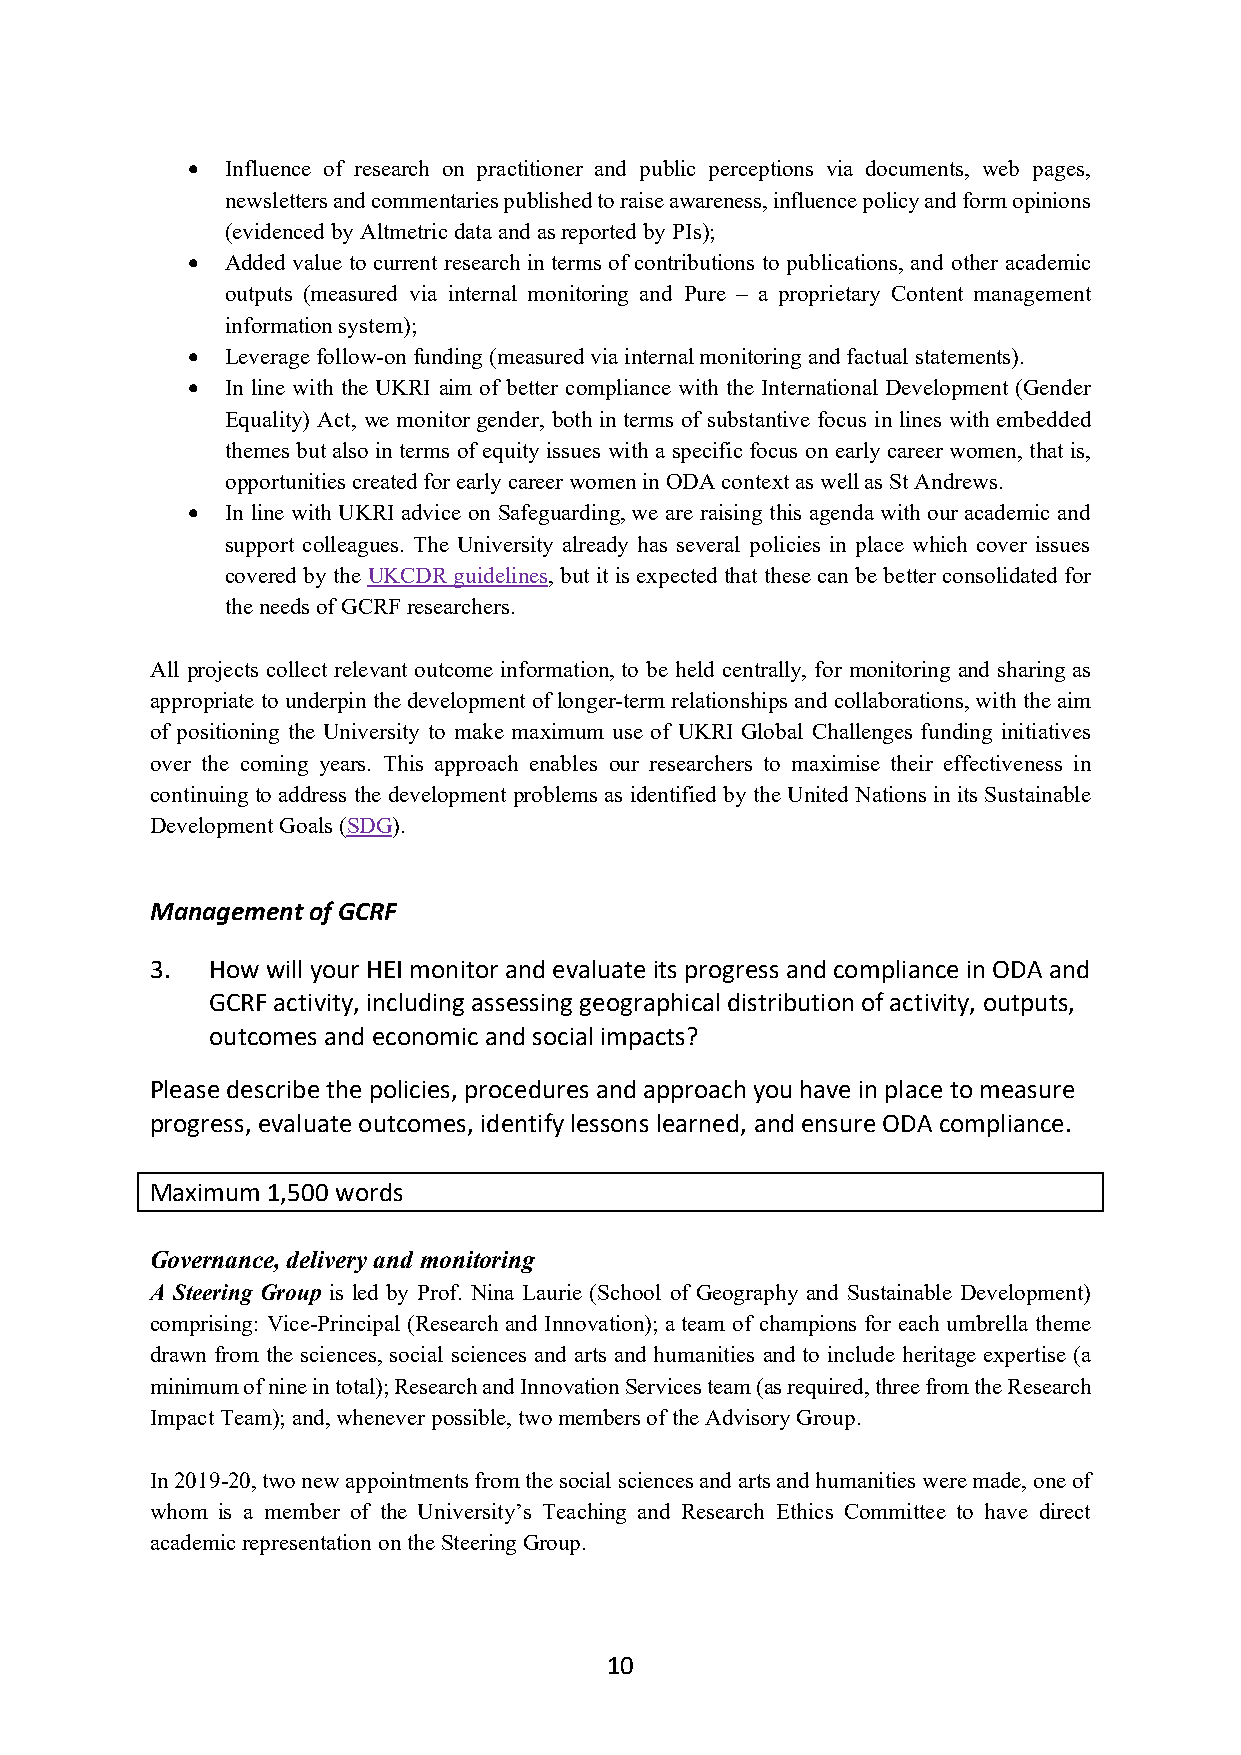
•  Influence of research on practitioner and public perceptions via documents, web pages,
 newsletters and commentaries published to raise awareness, influence policy and form opinions
 (evidenced by Altmetric data and as reported by PIs);
 •  Added value to current research in terms of contributions to publications, and other academic
 outputs (measured via internal monitoring and Pure – a proprietary Content management
 information system);
 •  Leverage follow-on funding (measured via internal monitoring and factual statements).
 •  In line with the UKRI aim of better compliance with the International Development (Gender
 Equality) Act, we monitor gender, both in terms of substantive focus in lines with embedded
 themes but also in terms of equity issues with a specific focus on early career women, that is,
 opportunities created for early career women in ODA context as well as St Andrews.
 •  In line with UKRI advice on Safeguarding, we are raising this agenda with our academic and
 support colleagues. The University already has several policies in place which cover issues
 covered by the UKCDR guidelines, but it is expected that these can be better consolidated for
 the needs of GCRF researchers.
 All projects collect relevant outcome information, to be held centrally, for monitoring and sharing as
 appropriate to underpin the development of longer-term relationships and collaborations, with the aim
 of positioning the University to make maximum use of UKRI Global Challenges funding initiatives
 over the coming years. This approach enables our researchers to maximise their effectiveness in
 continuing to address the development problems as identified by the United Nations in its Sustainable
 Development Goals (SDG).
 Management of GCRF
 3.  How will your HEI monitor and evaluate its progress and compliance in ODA and
 GCRF activity, including assessing geographical distribution of activity, outputs,
 outcomes and economic and social impacts?
 Please describe the policies, procedures and approach you have in place to measure
 progress, evaluate outcomes, identify lessons learned, and ensure ODA compliance.
 Maximum 1,500 words
 Governance, delivery and monitoring
 A Steering Group is led by Prof. Nina Laurie (School of Geography and Sustainable Development)
 comprising: Vice-Principal (Research and Innovation); a team of champions for each umbrella theme
 drawn from the sciences, social sciences and arts and humanities and to include heritage expertise (a
 minimum of nine in total); Research and Innovation Services team (as required, three from the Research
 Impact Team); and, whenever possible, two members of the Advisory Group.
 In 2019-20, two new appointments from the social sciences and arts and humanities were made, one of
 whom is a member of the University’s Teaching and Research Ethics Committee to have direct
 academic representation on the Steering Group.
 10